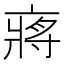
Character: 𠅵